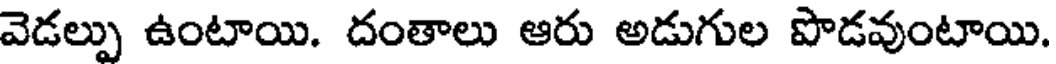
వెడల్పు ఉంటాయి. దంతాలు ఆరు అడుగుల పొడవుంటాయి